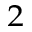
^ 2